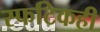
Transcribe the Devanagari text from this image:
स्फटिकही